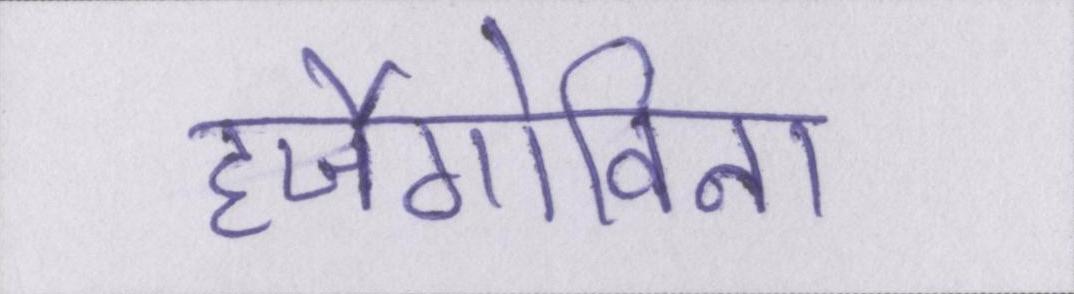
हर्जेगोविना